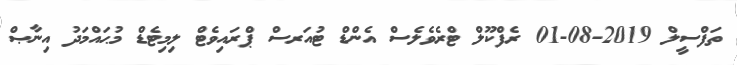
ތަފްސީލް 2019-08-01 ރެފްކޫލް ޓްރެވެލެސް އެންޑް ޓުއަރސް ޕްރައިވެޓް ލިމިޓެޑް މުޙައްމަދު އިނާޞް